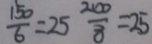
\frac { 1 5 0 } { 6 } = 2 5 \frac { 2 0 0 } { 8 } = 2 5